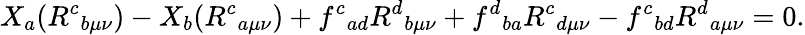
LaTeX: X_{a}(R^{c}{}_{b\mu\nu})-X_{b}(R^{c}{}_{a\mu\nu})+f^{c}{}_{ad}R^{d}{}_{b\mu\nu}+f^{d}{}_{ba}R^{c}{}_{d\mu\nu}-f^{c}{}_{bd}R^{d}{}_{a\mu\nu}=0.